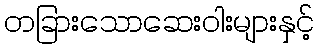
တခြားသောဆေးဝါးများနှင့်